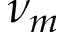
\nu _ { m }